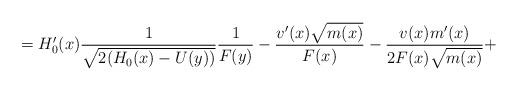
LaTeX: \begin{align*}=H'_{0}(x)\frac{1}{\sqrt{2(H_{0}(x)-U(y))}}\frac{1}{F(y)}-\frac{v'(x)\sqrt{m(x)}}{F(x)}-\frac{v(x)m'(x)}{2F(x)\sqrt{m(x)}}+\end{align*}